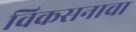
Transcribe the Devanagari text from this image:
विकसनाचा